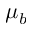
\mu _ { b }